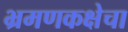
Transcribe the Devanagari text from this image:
भ्रमणकक्षेचा